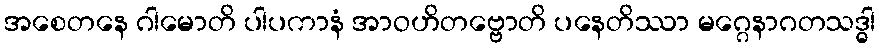
အစေတနေ ဂါမောတိ ပါပကာနံ အာဝဟိတဗ္ဗောတိ ပနေတိဿာ မဂ္ဂေနာဂတသဒ္ဓါ